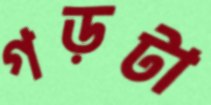
গড়টা